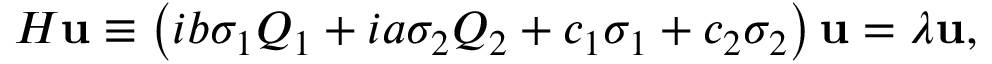
{ \cal H } { \bf u } \equiv \left( i b \sigma _ { 1 } Q _ { 1 } + i a \sigma _ { 2 } Q _ { 2 } + c _ { 1 } \sigma _ { 1 } + c _ { 2 } \sigma _ { 2 } \right) { \bf u } = \lambda { \bf u } ,